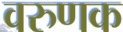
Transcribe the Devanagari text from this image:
वरुणक